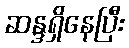
ဆန္ဒရှိနေပြီး